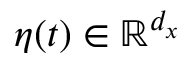
\eta ( t ) \in \mathbb { R } ^ { d _ { x } }